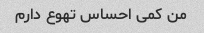
من کمی احساس تهوع دارم